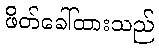
ဖိတ်ခေါ်ထားသည်